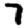
Digit: 7